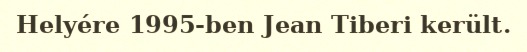
Helyére 1995-ben Jean Tiberi került.